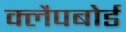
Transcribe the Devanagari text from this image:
क्लैपबोर्ड